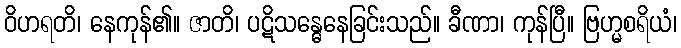
ဝိဟရတိ၊ နေကုန်၏။ ဇာတိ၊ ပဋိသန္ဓေနေခြင်းသည်။ ခီဏာ၊ ကုန်ပြီ။ ဗြဟ္မစရိယံ၊